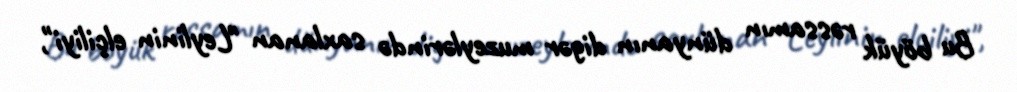
Bu böyük rəssamın dünyanın digər muzeylərində saxlanan "Leylinin elçiliyi",